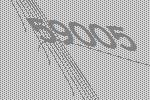
59005